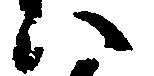
い